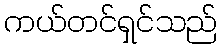
ကယ်တင်ရှင်သည်